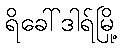
ရိခေါ်ဒါရ်မြို့